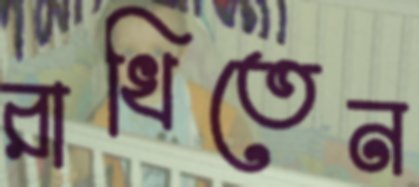
রাখিতেন